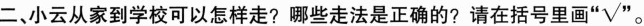
二、小云从家到学校可以怎样走?哪些走法是正确的?请在括号里画 ”√“